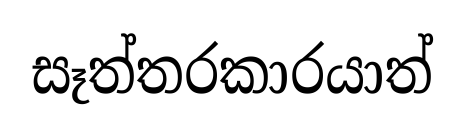
සෑත්තරකාරයාත්